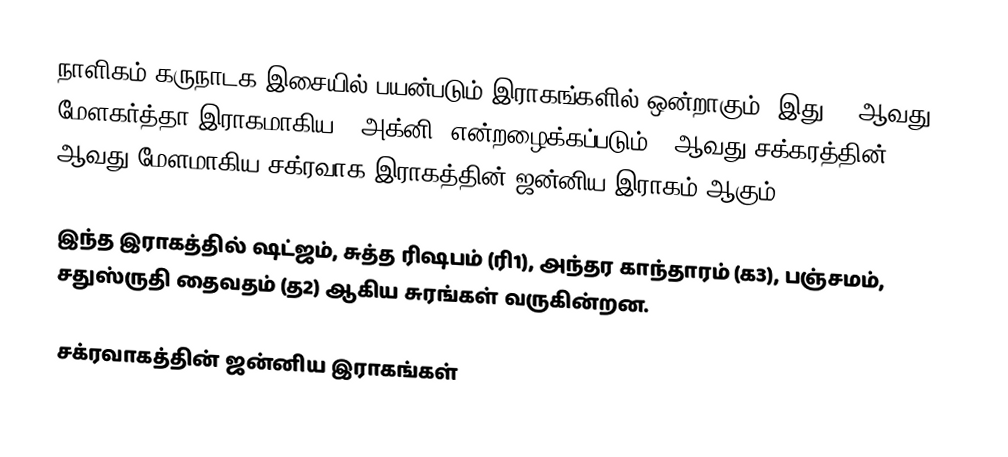
நாளிகம் கருநாடக இசையில் பயன்படும் இராகங்களில் ஒன்றாகும். இது 16 ஆவது மேளகர்த்தா இராகமாகிய, "அக்னி" என்றழைக்கப்படும் 3 ஆவது சக்கரத்தின் 4 ஆவது மேளமாகிய சக்ரவாக இராகத்தின் ஜன்னிய இராகம் ஆகும்.

இந்த இராகத்தில் ஷட்ஜம், சுத்த ரிஷபம் (ரி1),  அந்தர காந்தாரம் (க3), பஞ்சமம்,  சதுஸ்ருதி தைவதம் (த2) ஆகிய சுரங்கள் வருகின்றன.

சக்ரவாகத்தின் ஜன்னிய இராகங்கள்